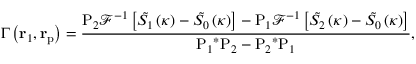
\Gamma \left( { \bf { r } } _ { 1 } , { \bf { r } } _ { \mathrm { p } } \right) = \frac { { { \mathrm P } _ { 2 } } { { \mathcal { F } } ^ { - 1 } } \left[ { { { \tilde { S _ { 1 } } } } } \left( \boldsymbol { \kappa } \right) - { { { \tilde { S _ { 0 } } } } } \left( \boldsymbol { \kappa } \right) \right] - { { \mathrm P } _ { 1 } } { { \mathcal { F } } ^ { - 1 } } \left[ { { { \tilde { S _ { 2 } } } } } \left( \boldsymbol { \kappa } \right) - { { { \tilde { S _ { 0 } } } } } \left( \boldsymbol { \kappa } \right) \right] } { { { \mathrm P } _ { 1 } } ^ { * } { { \mathrm P } _ { 2 } } - { { \mathrm P } _ { 2 } } ^ { * } { { \mathrm P } _ { 1 } } } ,